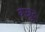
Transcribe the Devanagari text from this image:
कम्रुद्